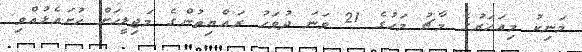
މަނިކު މިއަހަރުގެ މާޗު މަހުގެ 21 ވަނަ ދުވަހު ރައްޔިތުންގެ މަޖިލީހަށް ހުށައެޅުއްވި